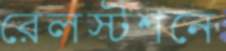
রেলস্টশনে